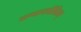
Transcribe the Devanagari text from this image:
लष्करमीरितम्